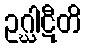
ဥဂ္ဃါဋီတိ